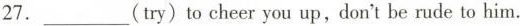
27.___(try)to cheer you up,don't be rude to him.